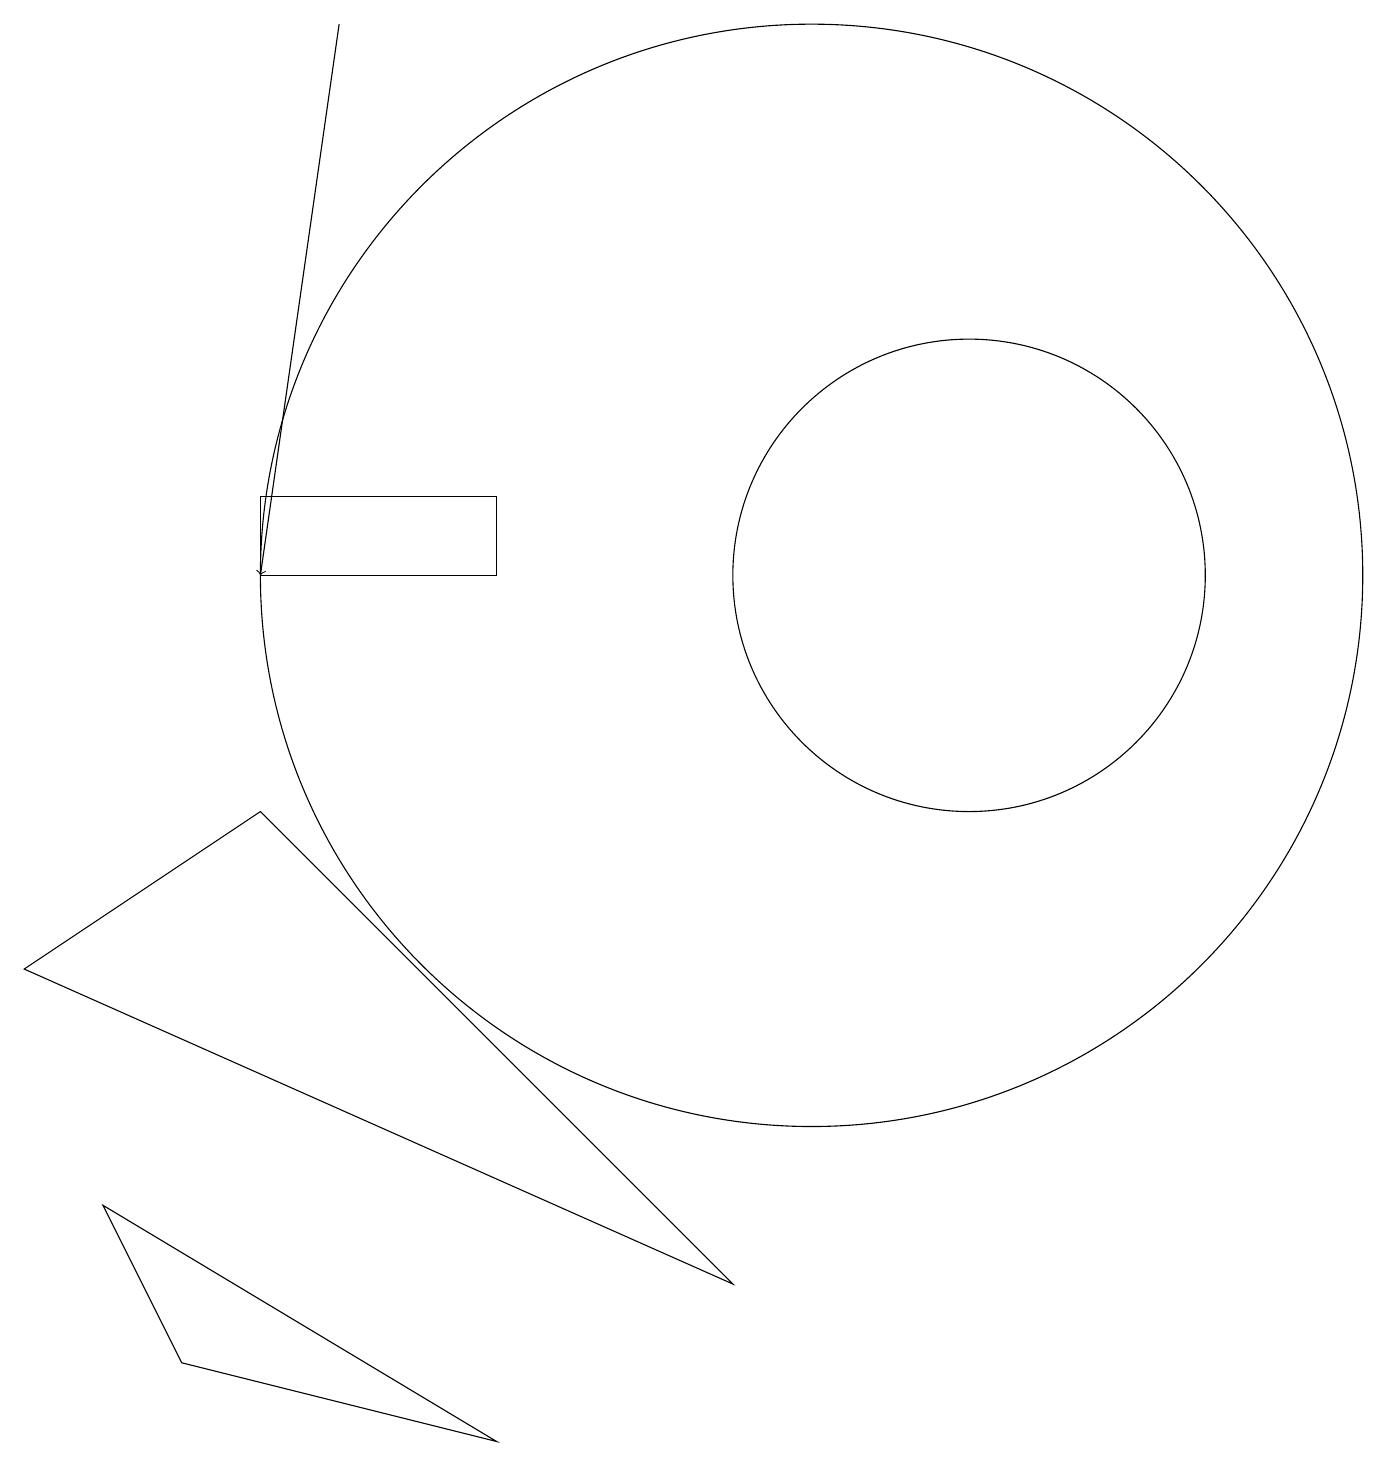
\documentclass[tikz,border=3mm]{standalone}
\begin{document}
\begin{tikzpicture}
\draw[->] (4,18) -- (3,11);
\draw (12,11) circle (3);
\draw (0,6) -- (9,2) -- (3,8) -- cycle;
\draw (2,1) -- (6,0) -- (1,3) -- cycle;
\draw (3,12) rectangle (6,11);
\draw (10,11) circle (7);
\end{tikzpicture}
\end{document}